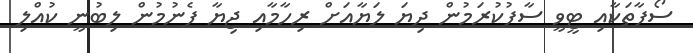
ސޯފާތަކާއި ޓީވީ ސާފުކުރަމުން ދިޔަ ލަޔާއަށް ރިހާމާއި ޖިޔާ ފެނުމުން ލިބުނީ ކުއްލި